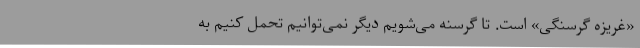
«غریزه گرسنگی» است. تا گرسنه می‌شویم دیگر نمی‌توانیم تحمل کنیم به